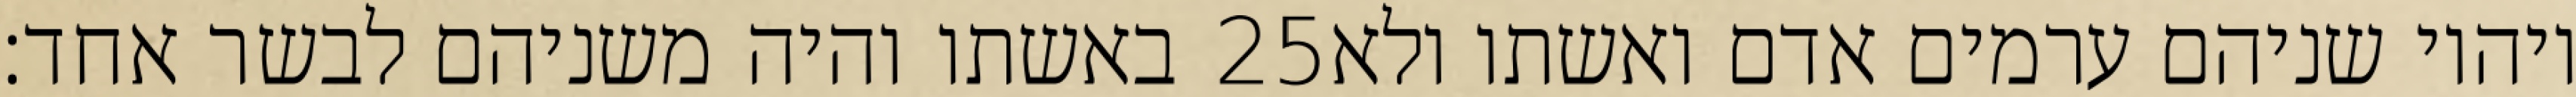
באשתו והיה משניהם לבשר אחד׃ ‎25‏ ויהיו שניהם ערמים אדם ואשתו ולא